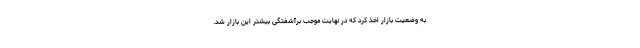
به وضعیت بازار اخذ کرد که در نهایت موجب برآشفتگی بیشتر این بازار شد.